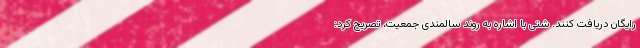
رایگان دریافت کنند. شتی با اشاره به روند سالمندی جمعیت، تصریح کرد: